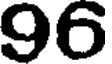
96